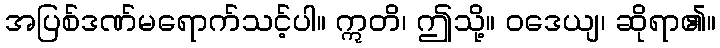
အပြစ်ဒဏ်မရောက်သင့်ပါ။ ဣတိ၊ ဤသို့။ ဝဒေယျ၊ ဆိုရာ၏။